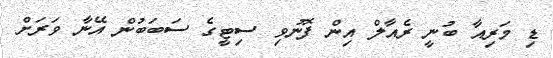
ޑި މަރިއާ ބުނީ ރެއާލް އިން ފޮނުވި ސިޓީގެ ސަބަބުން އޭނާ ވަރަށް